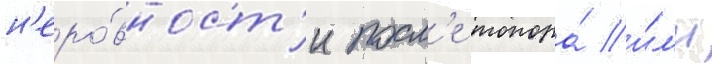
н'еро́вност'и посл'е топора́ и́л'и